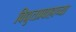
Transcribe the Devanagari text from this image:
विद्युतप्रवाहाच्या